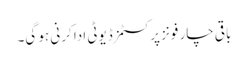
باقی چار فونز پر کسٹمز ڈیوٹی ادا کرنی ہو گی۔